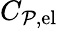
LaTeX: C_{\mathcal{P},\mathrm{{{el}}}}